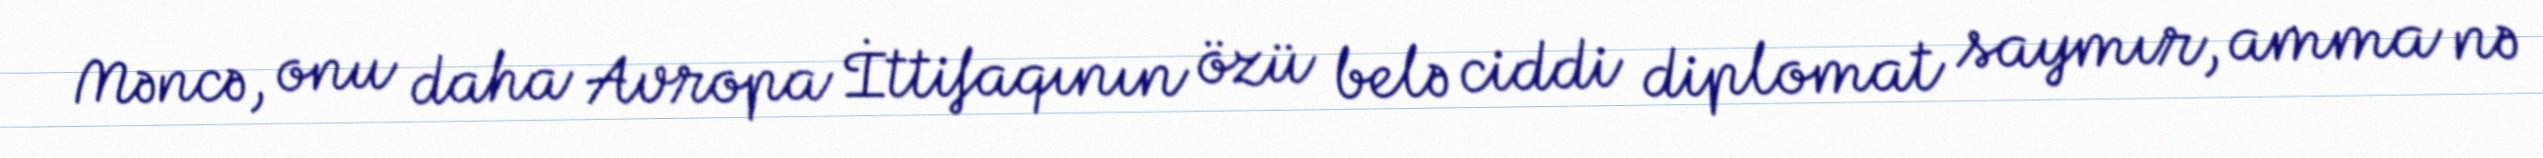
Məncə, onu daha Avropa İttifaqının özü belə ciddi diplomat saymır, amma nə